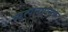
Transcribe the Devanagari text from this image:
व्युत्पत्यात्मक